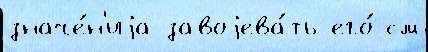
значе́н'иjа завоjева́ть его́ см